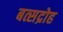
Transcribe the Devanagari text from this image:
बत्सद्रोह